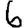
Digit: 6